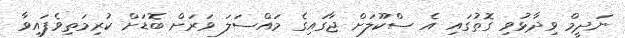
ނަދީމް ވިދާޅުވި ގޮތުގައި އެ ސްކޫލަށް ޖާގައިގެ މައްސަލަ ވަރަށް ބޮޑަށް ކުރިމަތިވެފައިވާ